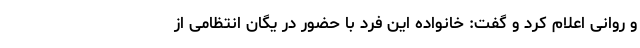
و روانی اعلام کرد و گفت: خانواده این فرد با حضور در یگان انتظامی از